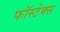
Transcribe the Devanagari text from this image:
फॉस्टेक्स